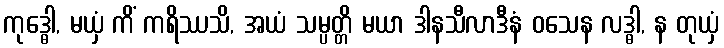
ကုဒ္ဓေါ, မယှံ ကိံ ကရိဿသိ, အယံ သမ္ပတ္တိ မယာ ဒါနသီလာဒီနံ ဝသေန လဒ္ဓါ, န တုယှံ